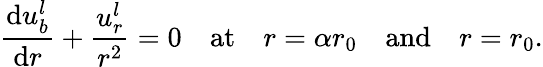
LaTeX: \frac{\mathrm{d}u_{b}^{l}}{\mathrm{d}r}+\frac{u_{r}^{l}}{r^{2}}=0\quad\mathrm{at}\quad r=\alpha r_{0}\quad\mathrm{and}\quad r=r_{0}.